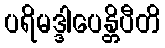
ပရိမဒ္ဒါပေန္တိပီတိ